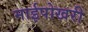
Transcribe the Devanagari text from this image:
माईपोखरी